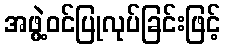
အဖွဲ့ဝင်ပြုလုပ်ခြင်းဖြင့်